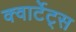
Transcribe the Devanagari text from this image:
क्वार्टेट्स